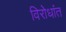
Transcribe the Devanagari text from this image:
विरोधांत